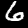
Digit: 6